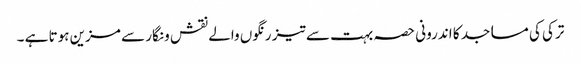
ترکی کی مساجد کا اندرونی حصہ بہت سے تیز رنگوں والے نقش و نگار سے مزین ہوتا ہے ۔